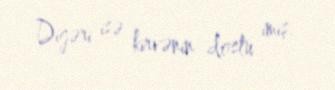
Digəri isə kirvənin dostu imiş.